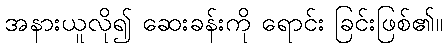
အနားယူလို၍ ဆေးခန်းကို ရောင်း ခြင်းဖြစ်၏။